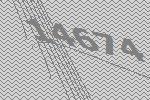
14674